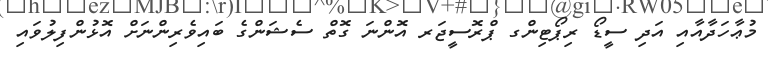
މުޢާހަދާއާއި އަދި ސީޑޯ ރިޕޯޓިންގ ޕްރޮސީޖަރ އޮންނަ ގޮތް ސެޝަންގެ ބައިވެރިންނަށް އޮޅުންފިލުވައި